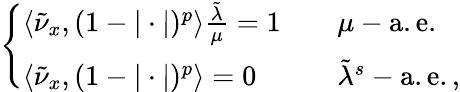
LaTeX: \begin{array}{r}{\left\{ \begin{array}{ll}{\langle\tilde{\nu}_{x},(1-|\cdot|)^{p}\rangle\frac{\tilde{\lambda}}{\mu}=1\quad}&{\mu-\mathrm{a.e.}}\\ {\langle\tilde{\nu}_{x},(1-|\cdot|)^{p}\rangle=0}&{\tilde{\lambda}^{s}-\mathrm{a.e.,}}\end{array}\right.}\end{array}